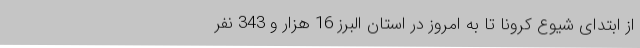
از ابتدای شیوع کرونا تا به امروز در استان البرز 16 هزار و 343 نفر